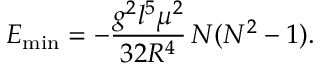
E _ { \mathrm { m i n } } = - \frac { g ^ { 2 } l ^ { 5 } \mu ^ { 2 } } { 3 2 R ^ { 4 } } \, N ( N ^ { 2 } - 1 ) .